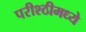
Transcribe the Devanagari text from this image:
परीश्ठीमध्ये